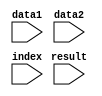
`timescale 1ns / 1ps
//////////////////////////////////////////////////////////////////////////////////
// Company: 
// Engineer: 
// 
// Design Name: 
// Module Name: mux_221
// Project Name: 
// Target Devices: 
// Tool Versions: 
// Description: 
// 
// Dependencies: 
// 
// Revision:
// Revision 0.01 - File Created
// Additional Comments:
// 
//////////////////////////////////////////////////////////////////////////////////


module mux_221(
    input data1,
    input data2,
    input index,
    input result
    );
endmodule